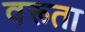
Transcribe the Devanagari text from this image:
वरूता